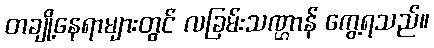
တချို့နေရာများတွင် လခြမ်းသဏ္ဌာန် ကွေ့ရသည်။